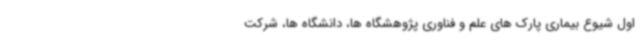
اول شیوع بیماری پارک های علم و فناوری پژوهشگاه ها، دانشگاه ها، شرکت